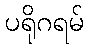
ပရိုဂရမ်